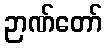
ဉာဏ်တော်